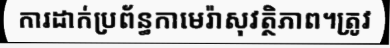
ការដាក់ប្រព័ន្ធកាមេរ៉ាសុវត្ថិភាព។ត្រូវ